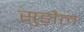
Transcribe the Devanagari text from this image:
सुड़ौल